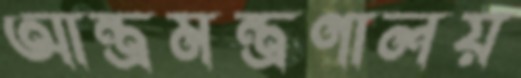
আন্ত্রমন্ত্রণালয়